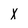
Character: X